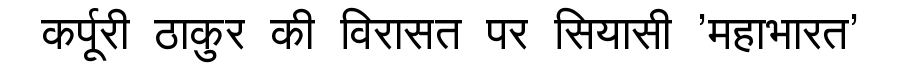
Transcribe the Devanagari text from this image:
कर्पूरी ठाकुर की विरासत पर सियासी 'महाभारत'